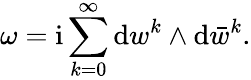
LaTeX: \omega=\mathrm{i}\sum_{k=0}^{\infty}\mathrm{d}w^{k}\wedge\mathrm{d}\bar{w}^{k}.